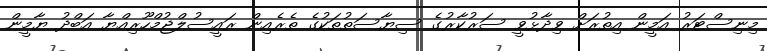
މިނިސްޓަރު އަމީން އިތުރަށް ވިދާޅުވީ ސަރުކާރުގެ ސިޔާސަތުތަކުގެ ތެރެއިން ރައީސުލްޖުމްހޫރިއްޔާ އަބްދު ޔާމީން